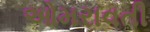
ઓમરાવતી